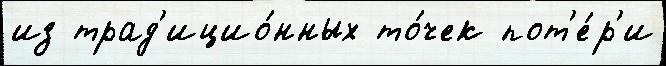
из трад'ицио́нных то́чек пот'е́р'и